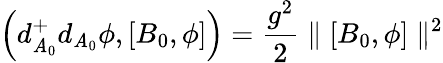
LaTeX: \left(d_{\mathit{A}_{0}}^{+}d_{\mathit{A}_{0}}\phi,[B_{0},\phi]\right)={\frac{{g^{2}}}{{2}}}\parallel[B_{0},\phi]\parallel^{2}